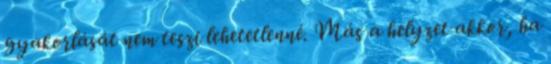
gyakorlását nem teszi lehetetlenné. Más a helyzet akkor, ha